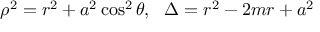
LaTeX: \rho ^ { 2 } = r ^ { 2 } + a ^ { 2 } \cos ^ { 2 } \theta , ~ ~ \Delta = r ^ { 2 } - 2 m r + a ^ { 2 }